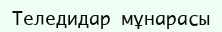
Теледидар мұнарасы